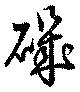
磯